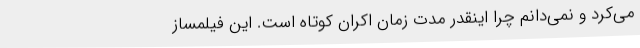
می‌کرد و نمی‌دانم چرا اینقدر مدت زمان اکران کوتاه است. این فیلمساز